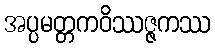
အပ္ပမတ္တကဝိဿဇ္ဇကဿ